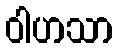
ဝါဟသာ